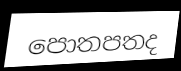
පොතපතද